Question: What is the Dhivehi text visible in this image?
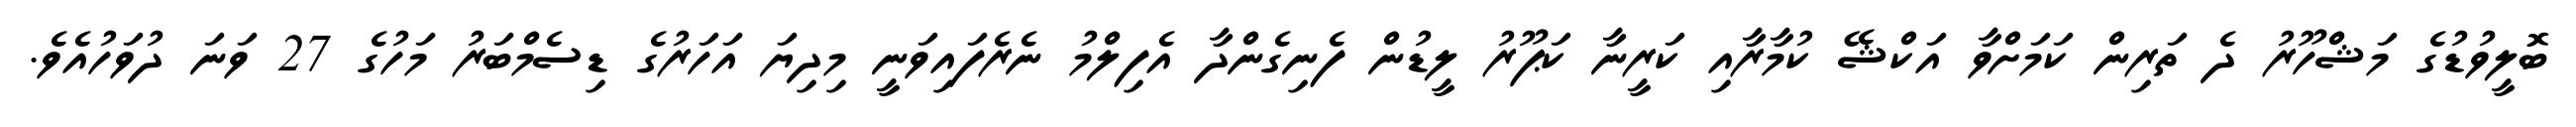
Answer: ބޮލީވުޑުގެ މަޝްހޫރު ދެ ތަރިން ކަމަށްވާ އަކްޝޭ ކުމާރާއި ކަރީނާ ކަޕޫރު ލީޑުން ފެނިގެންދާ އެފިލްމު ނެރެފައިވަނީ މިދިޔަ އަހަރުގެ ޑިސެމްބަރު މަހުގެ 27 ވަނަ ދުވަހުއެވެ.